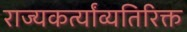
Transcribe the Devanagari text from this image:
राज्यकर्त्यांव्यतिरिक्त